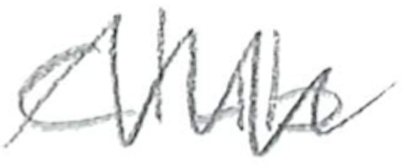
Text: Club
Cross-out: mix
Writing tool: pencil